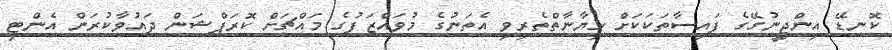
ކޮނޑޭ އިންޖީނުގޭގެ ފައިސާތަކަކަށް ހިޔާނާތްތެރިވި އެތަނުގެ މުވައްޒަފުގެ މައްޗަށް ކޮރަޕްޝަން ދައުވާކުރަން އެންޓި